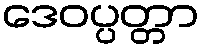
ဒေဝပ္ပတ္တာ